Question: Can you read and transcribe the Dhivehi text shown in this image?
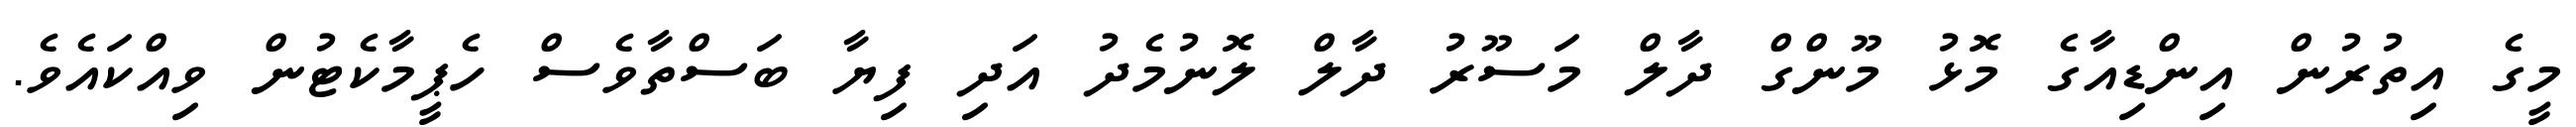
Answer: މީގެ އިތުރުން އިންޑިއާގެ މޮޅު މޫންގް ދާލް މަސޫރު ދާލް ލޮނުމެދު އަދި ފިޔާ ބަސްތާވެސް ހެޕީމާކެޓުން ވިއްކައެވެ.